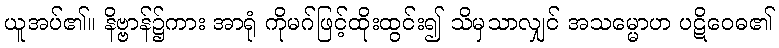
ယူအပ်၏။ နိဗ္ဗာန်၌ကား အာရုံ ကိုမဂ်ဖြင့်ထိုးထွင်း၍ သိမှသာလျှင် အသမ္မောဟ ပဋိဝေဓ၏